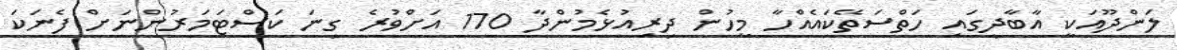
ލަންދޫއަކީ އާބާދީގައި ހަތްސަތޭކައެއްހާ މީހުން ދިރިއުޅެމުންދާ 170 އަށްވުރެ ގިނަ ކަސްޓަމަރުންނަށް ފެނަކަ